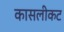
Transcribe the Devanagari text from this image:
कासलीकट